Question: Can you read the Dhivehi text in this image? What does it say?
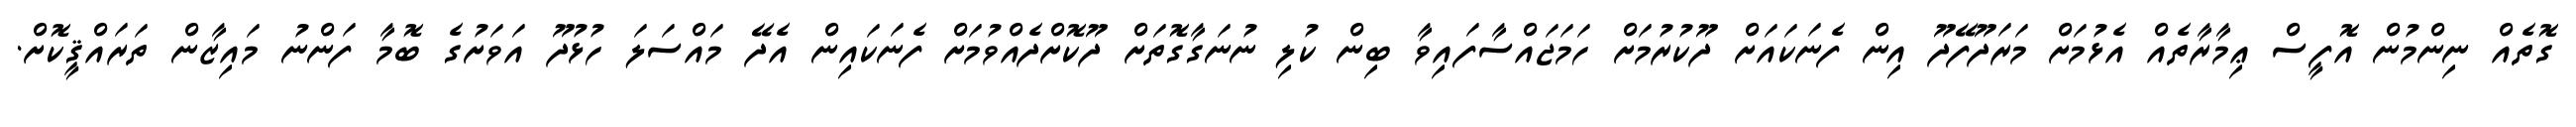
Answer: ގޮތެއް ނިންމުން އޮފީސް ޢިމާރާތެއް އެޅުމަށް މަރަދޫފޭދޫ އިން ފެނަކައަށް ދޫކުރުމަށް ހަމަޖައްސާފައިވާ ބިން ކުލި ނުނަގާގޮތަށް ދޫކޮށްދެއްވުމަށް ފެނަކައިން އެދޭ މައްސަލަ ހުޅުދޫ އަވަށުގެ ބޮމާ ފަންނު މައިޒާން ތަރައްޤީކޮށް.